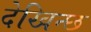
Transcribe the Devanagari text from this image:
देखिन्छ